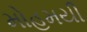
મોહમયી